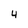
Character: 4